King Institute of Preventive Medicine Micro-Biological Section reports 1909-11
Year: 1909
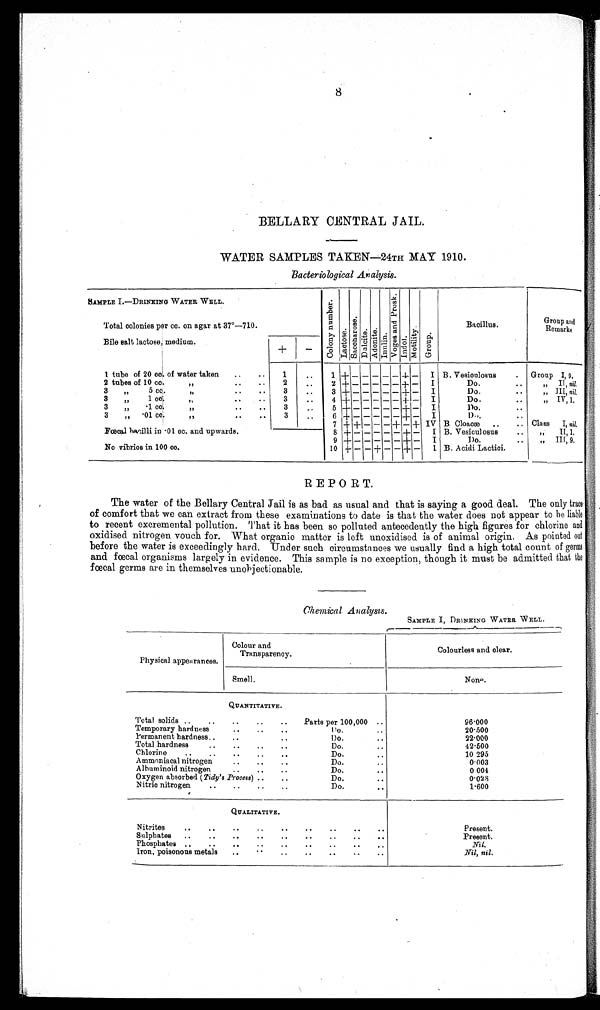
8
BELLARY CENTRAL JAIL.
WATER SAMPLES TAKEN—24TH MAY 1910.
Bacteriological Analysis.
SAMPLE I.—DRINKING WATER WELL.
C o l o n y n u m b e r .
L a c t o s e .
S a c c h a r o s e .
D u l c i t e .
A d o n i t e . I n u l i n .
V o g e s a n d P r o s k .
Indol.
M o t i l i t y .
G r o u p .
Bacillus.
Group and
Remarks
Total colonies per cc. on agar at 37°—710.
Bile salt lactose, medium.
+
-
1 tube of 20 cc. of water taken ..
1
..
1
+ - - - - - + - I B. Vesiculosus
. Group I , 9 .
2 tubes of 10 cc. ,, .. ..
2
..
2 + - - - - - + - I
Do.
..
, ,
I I ,
n i l .
3
,, 5 cc. ,, .. ..
3
..
3
+ - - - - - + - I
Do.
..
, ,
I I I ,
n i l .
3
,, 1 cc. ,, .. ..
3
..
4 + - - - - - + - I
Do.
, ,
I V ,
1 .
3
,, .1 cc. ,, .. ..
3
..
5 + - - - - - + - I
Do.
3
,, .01 cc. ,, ..
3
..
6 + - - - - - + - I
D o .
7 + + - - - + - + IV B. Cloacæ ..
.. Class I, nil.
Fœcal hacilli in .01 cc. and upwards.
8 + - - - - - + - I B. Vesiculosus
..
, ,
I I , 1 .
9 + - - - - - + - I
Do.
..
,, III, 9.
No vibrios in 100 cc.
10 + - - + - - + -
I B. Acidi Lactici.
REPORT.
The water of the Bellary Central Jail is as bad as usual and that is saying a good deal. The only trace
of comfort that we can extract from these examinations to date is that the water does not appear to be liable
to recent excremental pollution. That it has been so polluted antecedently the high figures for chlorine and
oxidised nitrogen vouch for. What organic matter is left unoxidised is of animal origin. As pointed out
before the water is exceedingly hard. Under such circumstances we usually find a high total count of germs
and fœcal organisms largely in evidence. This sample is no exception, though it must be admitted that the
fœcal germs are in themselves unobjectionable.
Chemical Analysis.
SAMPLE I, DRINKING WATER WELL.
Physical appearances.
Colour and
Transparency.
Colourless and clear.
Smell.
None.
QUANTITATIVE.
Total solids ..
..
..
..
..
Parts per 100,000 ..
96.000
Temporary hardness
..
..
..
Do.
..
20.500
Permanent hardness..
..
..
Do.
..
22.000
Total hardness
..
..
..
..
Do.
. .
42.500
Chlorine
..
..
..
..
..
Do.
..
10.295
Ammoniacal nitrogen
..
..
..
Do.
. .
0.003
Albuminoid nitrogen
..
..
..
Do.
. .
0 004
Oxygen absorbed ( Tidy's Process)
..
Do.
0.028
Nitric nitrogen
..
..
..
..
Do.
. .
1.600
QUALITATIVE.
Nitrites
..
..
..
..
..
..
Present.
Sulphates ..
..
..
..
..
..
..
..
..
Present.
Phosphates ..
..
..
..
..
..
..
..
..
Nil.
Iron, poisonous metals
..
..
..
..
..
..
Nil, nil.